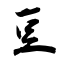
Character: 豆